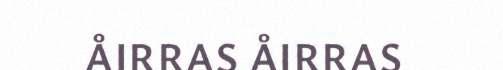
ÅIRRAS ÅIRRAS